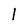
Character: 1